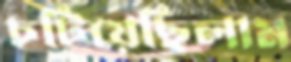
চটিয়েছিলাম